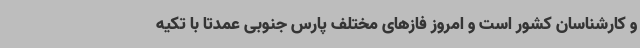
و کارشناسان کشور است و امروز فازهای مختلف پارس جنوبی عمدتا با تکیه